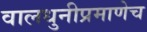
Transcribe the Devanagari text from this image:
वालधुनीप्रमाणेच